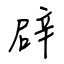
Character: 辟